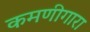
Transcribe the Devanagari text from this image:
कमणीगारा